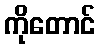
ကိုတောင်